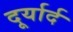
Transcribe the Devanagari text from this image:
दूर्यार्द